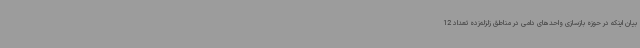
بیان اینکه در حوزه بازسازی واحدهای دامی در مناطق زلزله‌زده تعداد 12